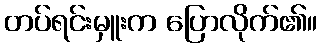
တပ်ရင်းမှူးက ပြောလိုက်၏။